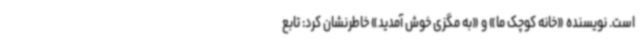
است. نویسنده «خانه کوچک ما» و «به مگزی خوش آمدید» خاطرنشان کرد: تابع